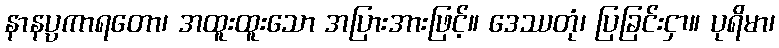
နာနပ္ပကာရတော၊ အထူးထူးသော အပြားအားဖြင့်။ ဒေဿတုံ၊ ပြခြင်းငှာ။ ပုရိမာ၊